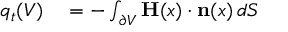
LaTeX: \begin{array} { r l } { q _ { t } ( V ) } & { { } = - \int _ { \partial V } \mathbf { H } ( x ) \cdot \mathbf { n } ( x ) \, d S } \end{array}